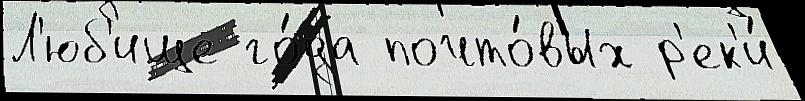
Л'юб'ище го́да почто́вых р'ек'и́